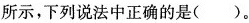
所示，下列说法中正确的是( )。